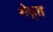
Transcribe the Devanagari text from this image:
गेहत